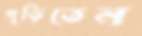
পুড়িতেন